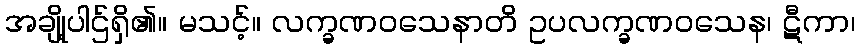
အချို့ပါဌ်ရှိ၏။ မသင့်။ လက္ခဏဝသေနာတိ ဥပလက္ခဏဝသေန၊ ဋီကာ၊